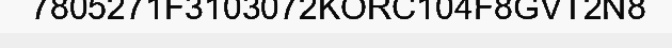
7805271F3103072KORC104F8GVT2N8